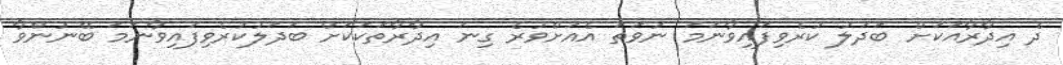
ދެ އިދާރާއަކަށް ބަދަލު ކުރެވިފައިވާނަމަ ނުވަތަ އެއަށްވުރެ ގިނަ އިދާރާތަކަކަށް ބަދަލުކުރެވިފައިވާނަމަ ބޭނުންވާ